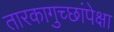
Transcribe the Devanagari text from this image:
तारकागुच्छांपेक्षा